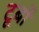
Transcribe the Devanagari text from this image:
टूर्बो